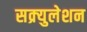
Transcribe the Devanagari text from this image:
सक्र्युलेशन